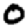
Digit: 0